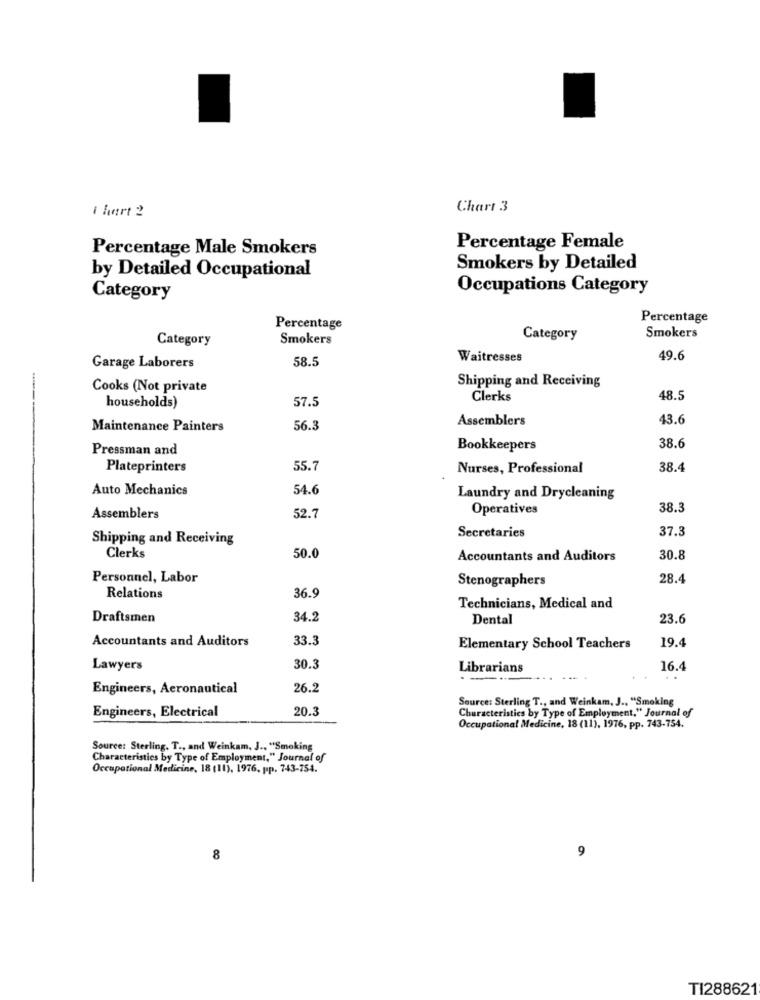
I hart 2
Chart 3
Percentage Male Smokers
Percentage Female
Smokers by Detailed
by Detailed Occupational
Occupations Category
Category
Percentage
Percentage
Category
Smokers
Category
Smokers
58.5
Waitresses
49.6
Garage Laborers
Shipping and Receiving
Cooks (Not private
57.5
Clerks
48.5
households)
Assemblers
43.6
Maintenance Painters
56.3
Pressman and
Bookkeepers
38.6
Plateprinters
55.7
Nurses, Professional
38.4
Auto Mechanics
54.6
Laundry and Drycleaning
Operatives
38.3
Assemblers
52.7
Secretaries
37.3
Shipping and Receiving
Clerks
50.0
Accountants and Auditors
30.8
Personnel, Labor
Stenographers
28.4
36.9
Relations
Technicians, Medical and
Draftsmen
34.2
Dental
23.6
Accountants and Auditors
33.3
19.4
Elementary School Teachers
Lawyers
30.3
Librarians
16.4
. .
Engineers, Aeronautical
26.2
Source: Sterling T ., and Weinkam, J .. "Smoking
Engineers, Electrical
20.3
Characteristics by Type of Employment." Journal of
Occupational Medicine, 18 (11), 1976, pp. 743-754.
Source: Sterling. T ., and Weinkam, J ., "Smoking
Characteristics by Type of Employment," Journal of
Occupational Medicine, 18 (11), 1976, pp. 743-754.
8
TI288621